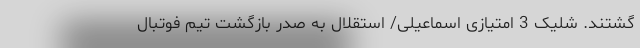
گشتند. شلیک 3 امتیازی اسماعیلی/ استقلال به صدر بازگشت تیم فوتبال